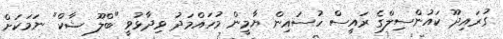
ގުރައިދޫ ކައުންސިލްގެ ރައީސް ހުސައިން ޔާމީން މުހައްމަދު ވިދާޅުވީ "ބްލޫ ޝާކް" ނަމަކަށް